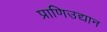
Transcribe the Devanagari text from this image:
प्राणिउद्यान